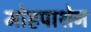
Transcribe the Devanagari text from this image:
मोहपाशेन